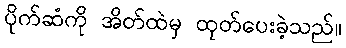
ပိုက်ဆံကို အိတ်ထဲမှ ထုတ်ပေးခဲ့သည်။